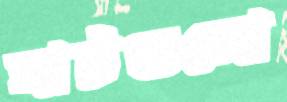
ঘাটগুলো